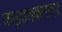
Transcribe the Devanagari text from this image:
वसाहतकारांवर